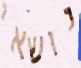
נושאי